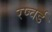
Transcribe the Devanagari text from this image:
रप्चर्ड